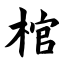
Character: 棺